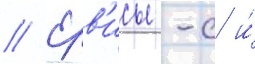
// Ерв'исы -с и́